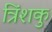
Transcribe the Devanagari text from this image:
त्रिंशकु